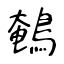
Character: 鵪